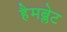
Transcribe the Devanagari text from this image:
हैमब्लेट